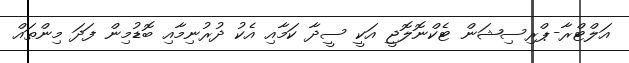
އަލްޓްރާ-ޕްރިސިޝަން ޓެކްނޮލޮޖީ އަކީ ސީދާ ކަމާއި އެކު ދުރުނިމާއި ބޮޑުމިން ފަދަ މިންތައް